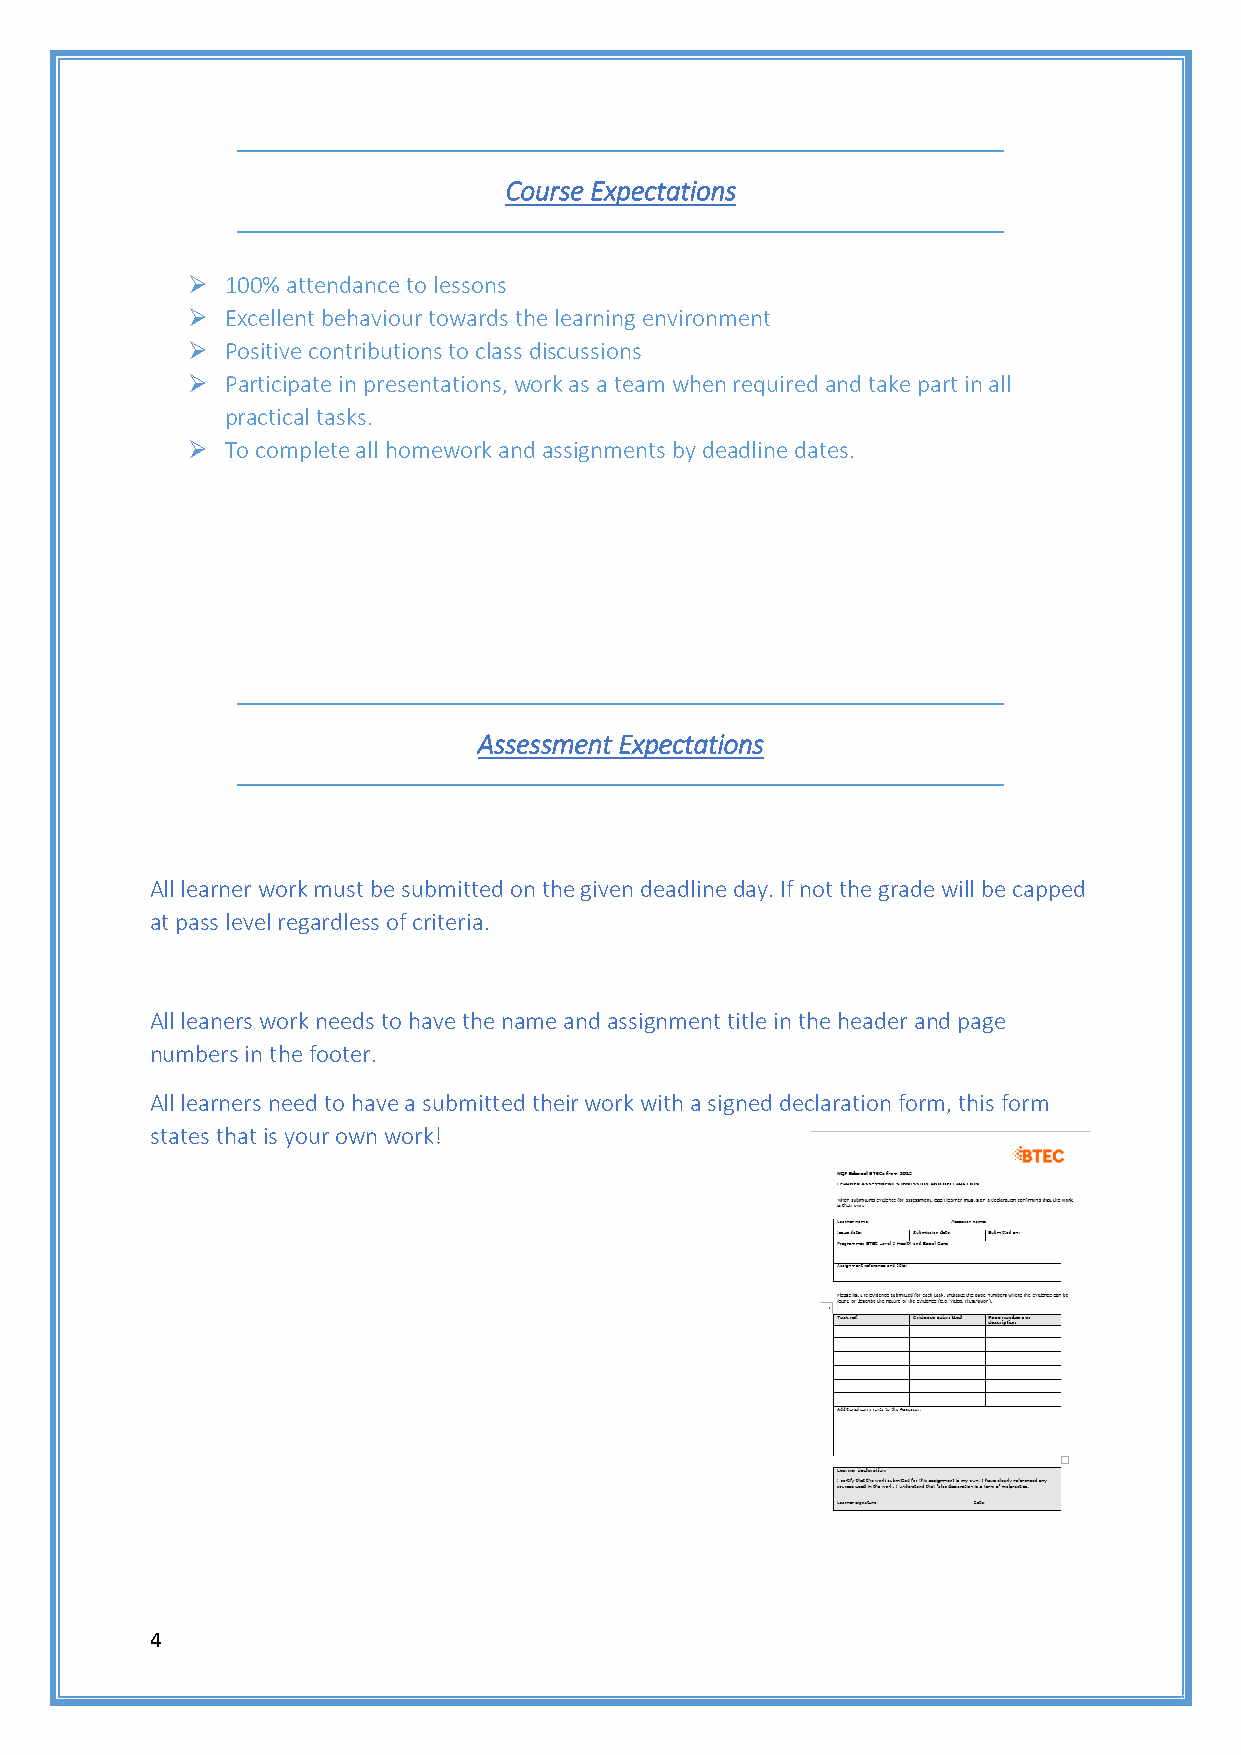
Course Expectations
   100% attendance to lessons
   Excellent behaviour towards the learning environment
   Positive contributions to class discussions
   Participate in presentations, work as a team when required and take part in all
 practical tasks.
   To complete all homework and assignments by deadline dates.
 Assessment Expectations
 All learner work must be submitted on the given deadline day. If not the grade will be capped
 at pass level regardless of criteria.
 All leaners work needs to have the name and assignment title in the header and page
 numbers in the footer.
 All learners need to have a submitted their work with a signed declaration form, this form
 states that is your own work!
 4